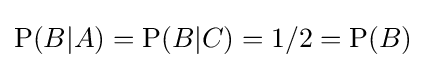
\mathrm {P} (B|A)=\mathrm {P} (B|C)=1/2=\mathrm {P} (B)